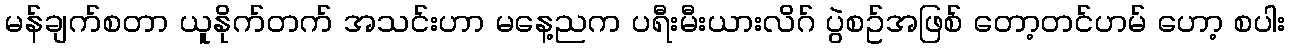
မန်ချက်စတာ ယူနိုက်တက် အသင်းဟာ မနေ့ညက ပရီးမီးယားလိဂ် ပွဲစဥ်အဖြစ် တော့တင်ဟမ် ဟော့ စပါး